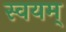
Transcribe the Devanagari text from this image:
स्वयम्‌